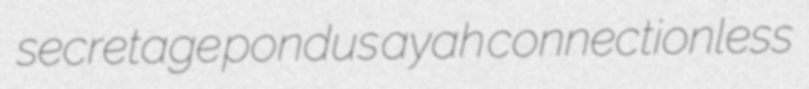
secretage pondus ayah connectionless